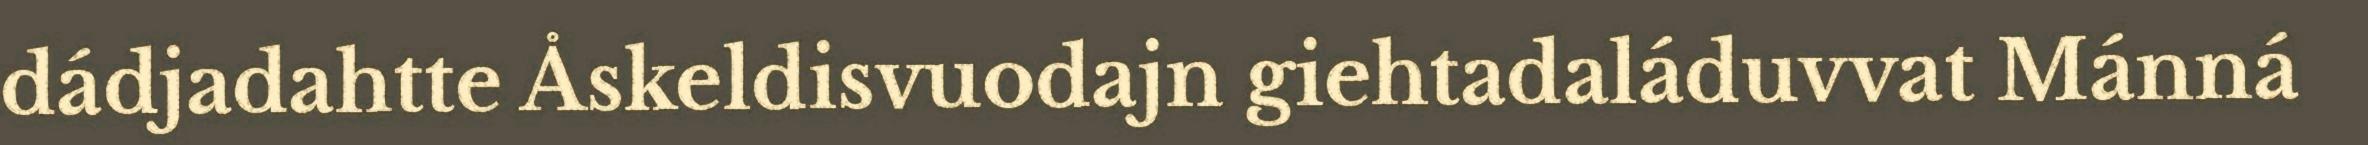
dádjadahtte Åskeldisvuodajn giehtadaláduvvat Mánná